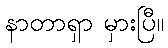
နာတာရှာ မှားပြီ။